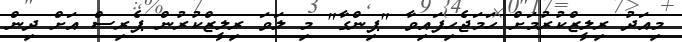
މިއަދު ރިލީޒްކުރުމަށް ހަމަޖެހިފައިވާ "ޕިންގާ" މި ލަވަ ރިލީޒްކުރުން ޕެރިސް އަށް ދިން